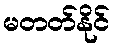
မတတ်နိုင်